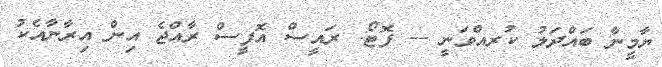
ޔާމީނާ ބައްދަލު ކުރއްވަނީ -- ފޮޓޯ: ރައީސް އޮފީސް ރާއްޖެ އިން އިރާނާއެކު